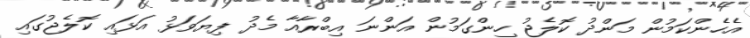
އެހެންކަމުން މަންދު ކޮލެޖު ހިންގަމުން އަންނަ އިބްރާއާ މެދު ފިޔަވަޅު އަޅައި ކޮލެޖުގައި